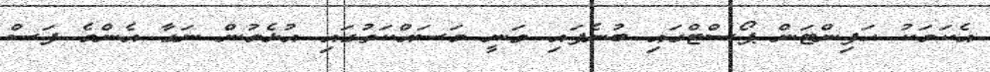
އެކަމަކު ހަފިންޓަން ޕޯސްޓްގައި ބުނެފައި ވަނީ މަސައްކަތުގައި އުޅެމުން ނަގާ އެންމެ ފަސް